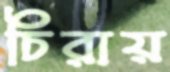
চিরায়